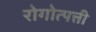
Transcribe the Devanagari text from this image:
रोगोत्पत्ती